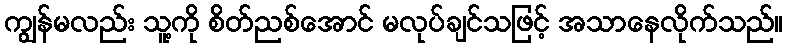
ကျွန်မလည်း သူ့ကို စိတ်ညစ်အောင် မလုပ်ချင်သဖြင့် အသာနေလိုက်သည်။